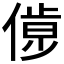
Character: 𠌹